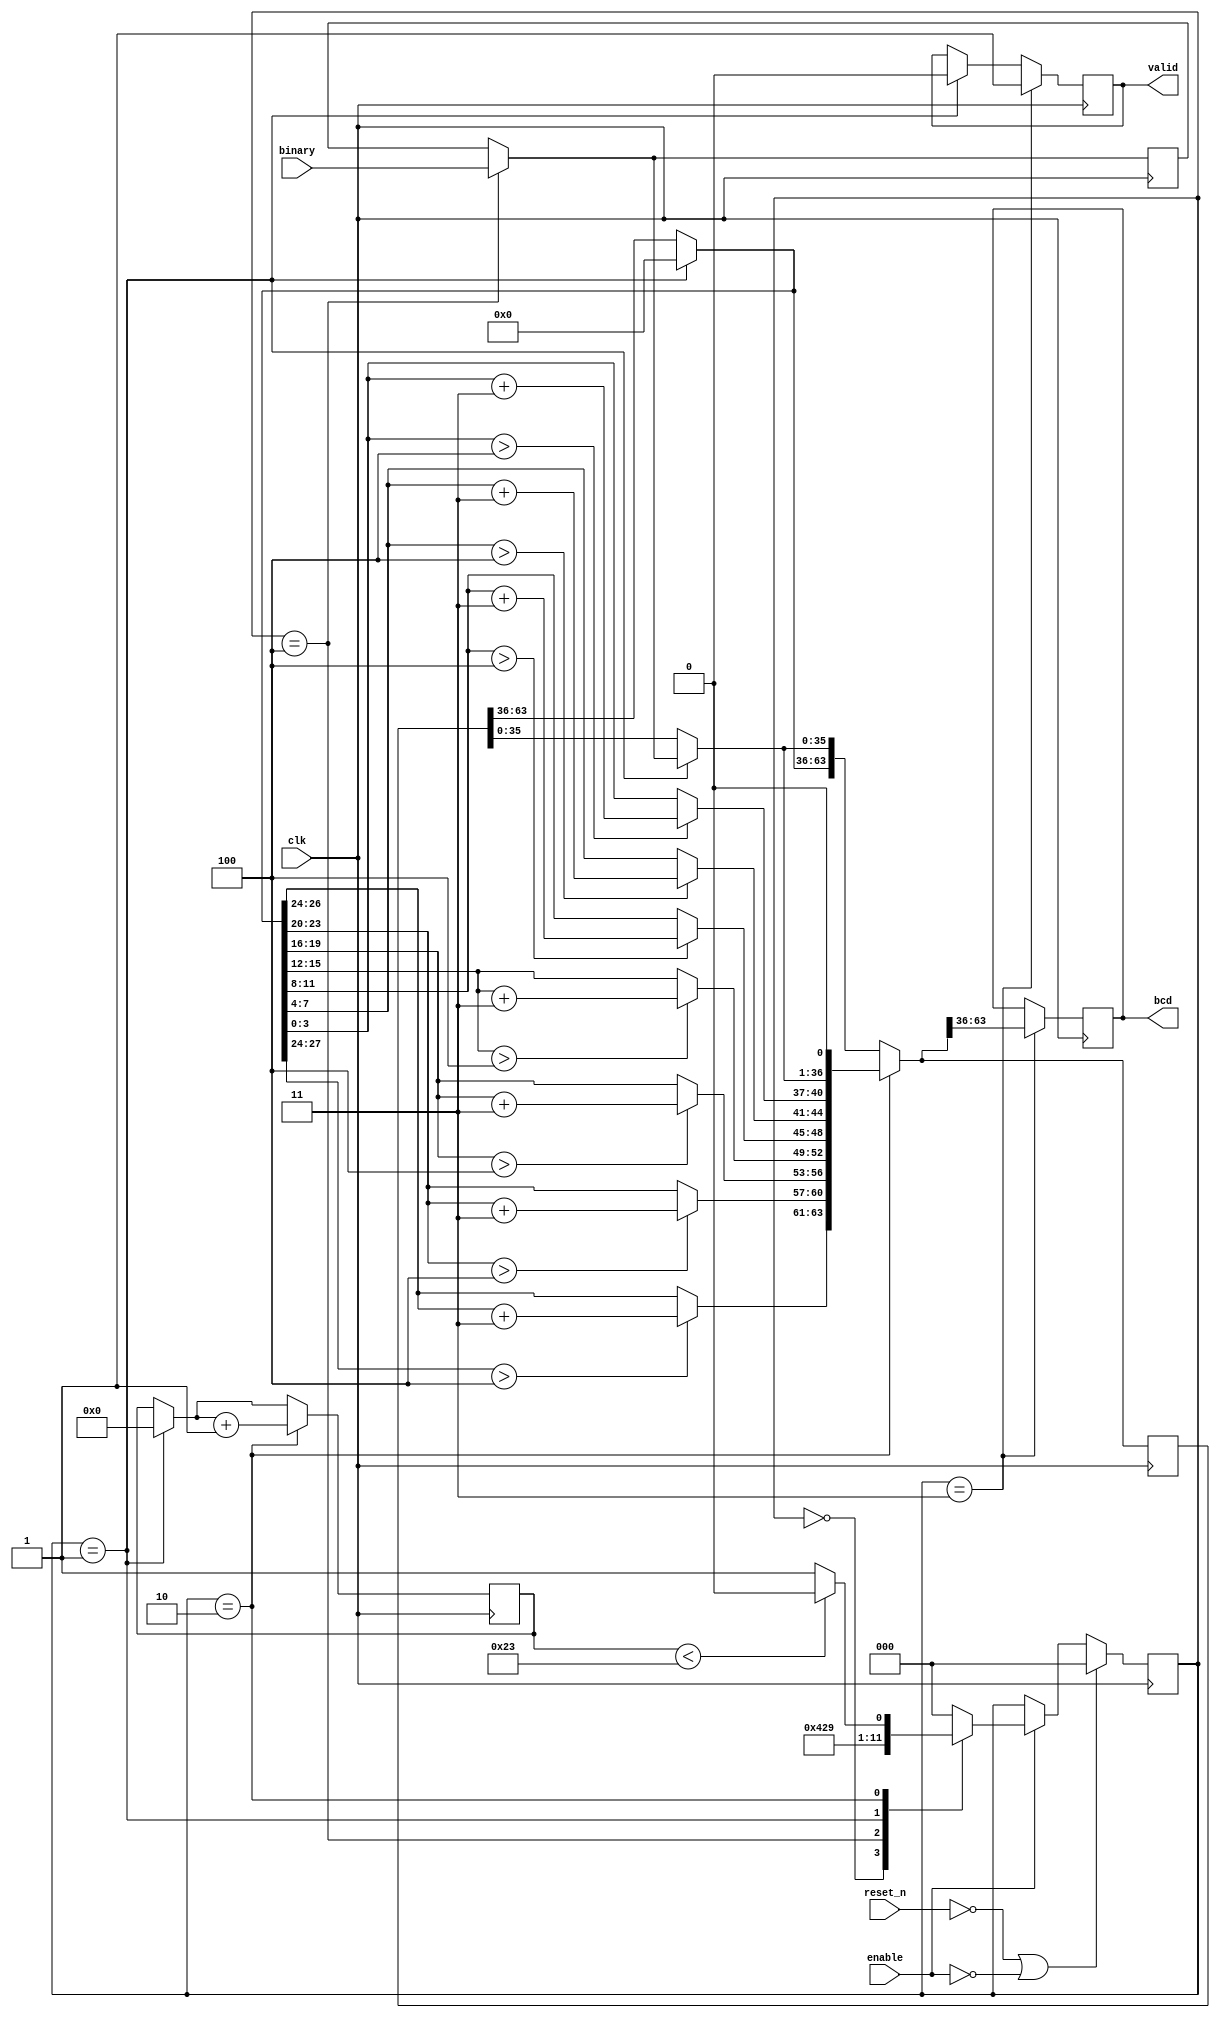
`timescale 1ns / 1ps

module binary_2_bcd(
    input clk,    
    input reset_n,
    input enable,
    input [35:0] binary,
    output valid,
    output reg [27:0] bcd
    );
    
localparam [2:0] S_IDLE = 0, S_INIT = 1, S_LOOP = 2, S_DONE = 3, S_INIT_TIME = 4;
reg [2:0] P, P_next;
reg [63:0] R;
reg [5:0] loop_count;
reg [35:0] binary_tmp;
reg done;
integer i;

assign valid = done;

always@(posedge clk) begin
    if(~reset_n || !enable) P <= S_IDLE;
    else if(enable) P <= P_next;
end

always@(*) begin
    case(P)
        S_IDLE:
            P_next = S_INIT_TIME;
        S_INIT_TIME:
            P_next = S_INIT;
        S_INIT:
            P_next = S_LOOP;
        S_LOOP:
            if(loop_count < 35) P_next = S_LOOP;
            else P_next = S_DONE;
        S_DONE:
            P_next = S_IDLE;
        default:
            P_next = S_IDLE;
    endcase
end

always@ (posedge clk) begin
    if(P == S_INIT_TIME) begin
        binary_tmp = binary;
    end
    if(P == S_INIT) begin
        R[63:36] = 0;
        R[35:0] = binary_tmp[35:0];
        done = 0;
        loop_count = 0;
    end
    if(P == S_LOOP) begin
          R[63:60] = (R[63:60] > 4'd4)? R[63:60]+3 : R[63:60];
          R[59:56] = (R[59:56] > 4'd4)? R[59:56]+3 : R[59:56];
          R[55:52] = (R[55:52] > 4'd4)? R[55:52]+3 : R[55:52];
          R[51:48] = (R[51:48] > 4'd4)? R[51:48]+3 : R[51:48];
          R[47:44] = (R[47:44] > 4'd4)? R[47:44]+3 : R[47:44];
          R[43:40] = (R[43:40] > 4'd4)? R[43:40]+3 : R[43:40];
          R[39:36] = (R[39:36] > 4'd4)? R[39:36]+3 : R[39:36];
          R = R << 1;
          loop_count = loop_count + 1;
    end
    if(P == S_DONE) begin
        bcd <= R[63:36];
        done = 1;
    end
end
endmodule